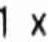
1 X